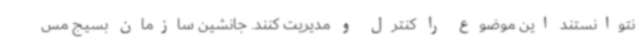
نتوانستند این موضوع را کنترل و مدیریت کنند. جانشین سازمان بسیج مس